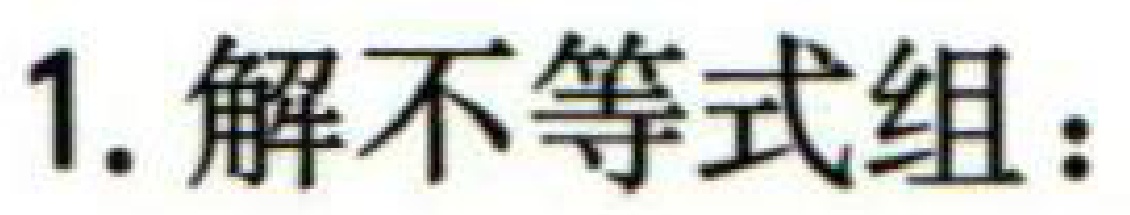
1. 解不等式组：